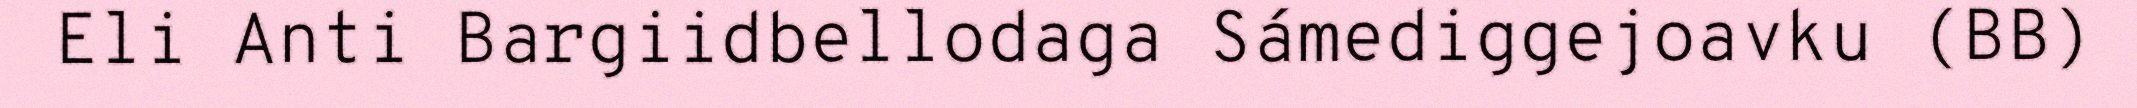
Eli Anti Bargiidbellodaga Sámediggejoavku (BB)